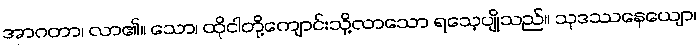
အာဂတာ၊ လာ၏။ သော၊ ထိုငါတို့ကျောင်းသို့လာသော ရသေ့ပျိုသည်။ သုဒဿနေယျော၊